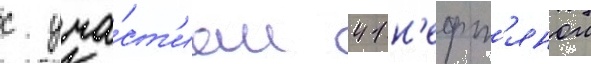
с уча́ст'ием 41 н'ефт'янои